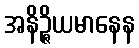
အနိဉ္ဇိယမာနေန